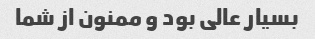
بسیار عالی بود و ممنون از شما